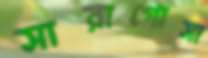
সারাগোসা